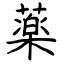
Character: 薬